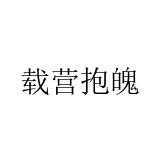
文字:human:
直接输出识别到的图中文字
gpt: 载营抱魄